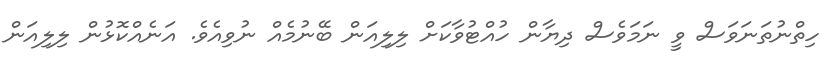
ހިތްނުތަނަވަސް ވީ ނަމަވެސް ދިޔާން ހުއްޓުވާކަށް ލިލިއަން ބޭނުމެއް ނުވިއެވެ. އަނެއްކޮޅުން ލިލިއަން